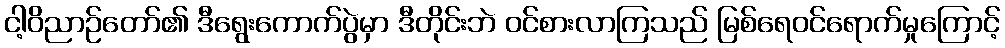
ငါ့ဝိညာဉ်တော်၏ ဒီရွေးကောက်ပွဲမှာ ဒီတိုင်းဘဲ ဝင်စားလာကြသည် မြစ်ရေဝင်ရောက်မှုကြောင့်